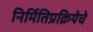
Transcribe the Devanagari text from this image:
निर्मितिप्रक्रियेचे